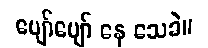
ပျော်ပျော် နေ သေခဲ။